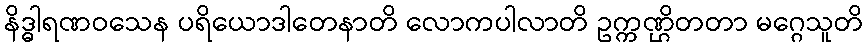
နိဒ္ဓါရဏဝသေန ပရိယောဒါတေနာတိ လောကပါလာတိ ဥက္ကဏ္ဌိတတာ မဂ္ဂေသူတိ